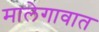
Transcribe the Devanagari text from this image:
मालेगावात